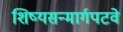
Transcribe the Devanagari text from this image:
शिष्यसन्मार्गपटवे